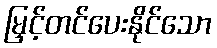
မြှင့်တင်ပေးနိုင်သော